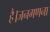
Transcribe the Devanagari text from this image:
है।जनगणना